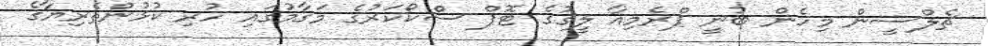
ޗެލްސީން މިހެން ބުނީ ޕްރެމިއާ ލީގުގެ ޓޮޕް ސްކޯކަރުގެ މަގާމުގައި ހުރި ކުޅުންތެރިޔާގެ